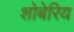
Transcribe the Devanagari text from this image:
शोबेरिय